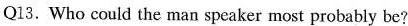
Q13. Who could the man speaker most probably be?